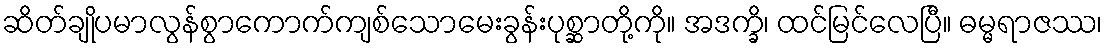
ဆိတ်ချိုပမာလွန်စွာကောက်ကျစ်သောမေးခွန်းပုစ္ဆာတို့ကို။ အဒက္ခိ၊ ထင်မြင်လေပြီ။ ဓမ္မရာဇဿ၊